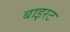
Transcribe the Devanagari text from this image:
बाइरट